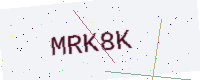
Text: MRK8K